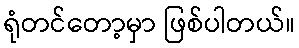
ရုံတင်တော့မှာ ဖြစ်ပါတယ်။